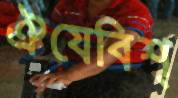
ঐযেবিশ্